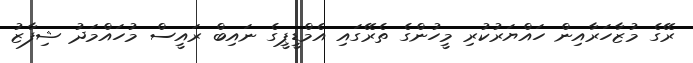
ރޭގެ މުޒާހަރާއިން ހައްޔަރުކުރި މީހުންގެ ތެރޭގައި އެމްޑީޕީގެ ނައިބް ރައީސް މުހައްމަދު ޝިފާޒު